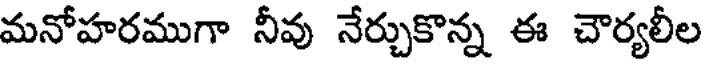
మనోహరముగా నీవు నేర్చుకొన్న ఈ చౌర్యలీల